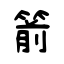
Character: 箭